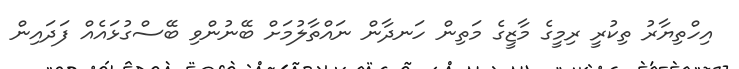
އިހްތިޔާރު ތިކުރީ ރިމީގެ މާޒީގެ މަތިން ހަނދާން ނައްތާލުމަށް ބޭނުންވި ބޭސްގުޅައެއް ފަދައިން